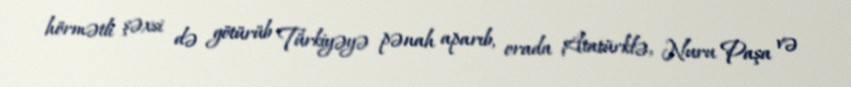
hörmətli şəxsi də götürüb Türkiyəyə pənah aparıb, orada Atatürklə, Nuru Paşa və